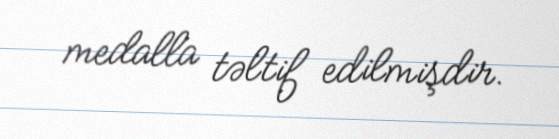
medalla təltif edilmişdir.